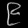
Digit: ၉